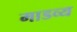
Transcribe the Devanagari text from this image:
माडव्य